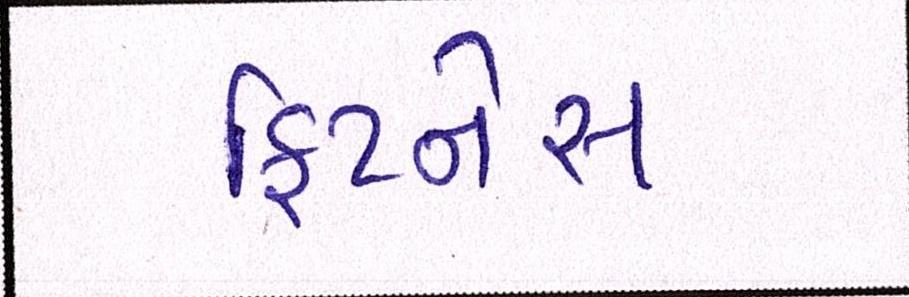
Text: ફિટનેસ